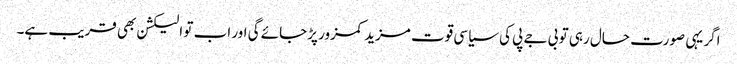
اگر یہی صورت حال رہی تو بی جے پی کی سیاسی قوت مزید کمزور پڑجائے گی اور اب تو الیکشن بھی قریب ہے۔